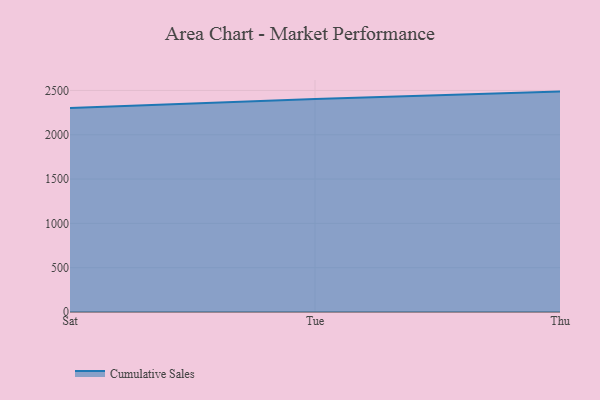
{"axis": {"x": "Day", "y": "Energy Usage (MWh)"}, "legend": ["Cumulative Sales"], "data": [{"x": "Sat", "y": 2301.5, "type": "Cumulative Sales"}, {"x": "Tue", "y": 2403.3, "type": "Cumulative Sales"}, {"x": "Thu", "y": 2487.0, "type": "Cumulative Sales"}]}